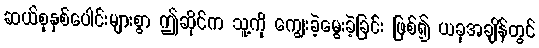
ဆယ်စုနှစ်ပေါင်းများစွာ ဤဆိုင်က သူ့ကို ကျွေးခဲ့မွေးခဲ့ခြင်း ဖြစ်၍ ယခုအချိန်တွင်